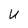
Character: U